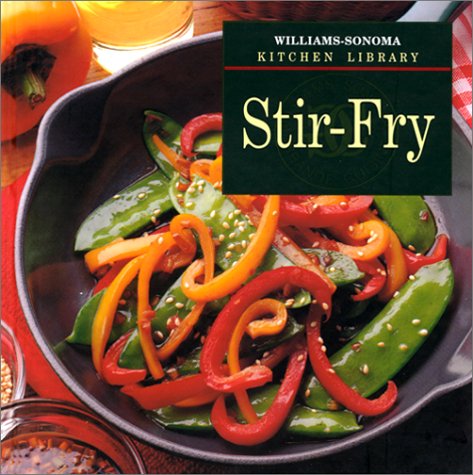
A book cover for Stir-Fry (Williams-Sonoma Kitchen Library); Diane Rossen Worthington; Cookbooks, Food & Wine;